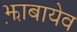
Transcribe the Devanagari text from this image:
झ़ाबायेव